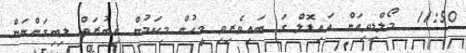
11:50  މޯލްޑިވިއަން އައިޑޮލް ގަ ބައިވެރިވި މީހުން މިކަމުން އިބުރަތް ލިބިގަންނަން